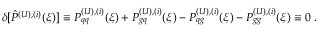
\delta [ \hat { P } ^ { ( U ) , ( i ) } ( \xi ) ] \equiv P _ { q q } ^ { ( U ) , ( i ) } ( \xi ) + P _ { g q } ^ { ( U ) , ( i ) } ( \xi ) - P _ { q g } ^ { ( U ) , ( i ) } ( \xi ) - P _ { g g } ^ { ( U ) , ( i ) } ( \xi ) \equiv 0 \; .